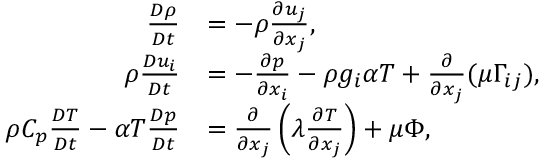
\begin{array} { r l } { \frac { D \rho } { D t } } & { = - \rho \frac { \partial u _ { j } } { \partial x _ { j } } , } \\ { \rho \frac { D u _ { i } } { D t } } & { = - \frac { \partial p } { \partial x _ { i } } - \rho g _ { i } \alpha T + \frac { \partial } { \partial x _ { j } } ( \mu \Gamma _ { i j } ) , } \\ { \rho C _ { p } \frac { D T } { D t } - \alpha T \frac { D p } { D t } } & { = \frac { \partial } { \partial x _ { j } } \left( \lambda \frac { \partial T } { \partial x _ { j } } \right) + \mu \Phi , } \end{array}